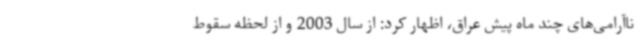
ناآرامی‌های چند ماه پیش عراق، اظهار کرد: از سال 2003 و از لحظه سقوط